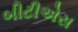
બીટીએસ